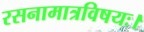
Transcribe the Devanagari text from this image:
रसनामात्रविषयः।